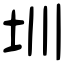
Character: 圳